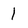
Character: 1